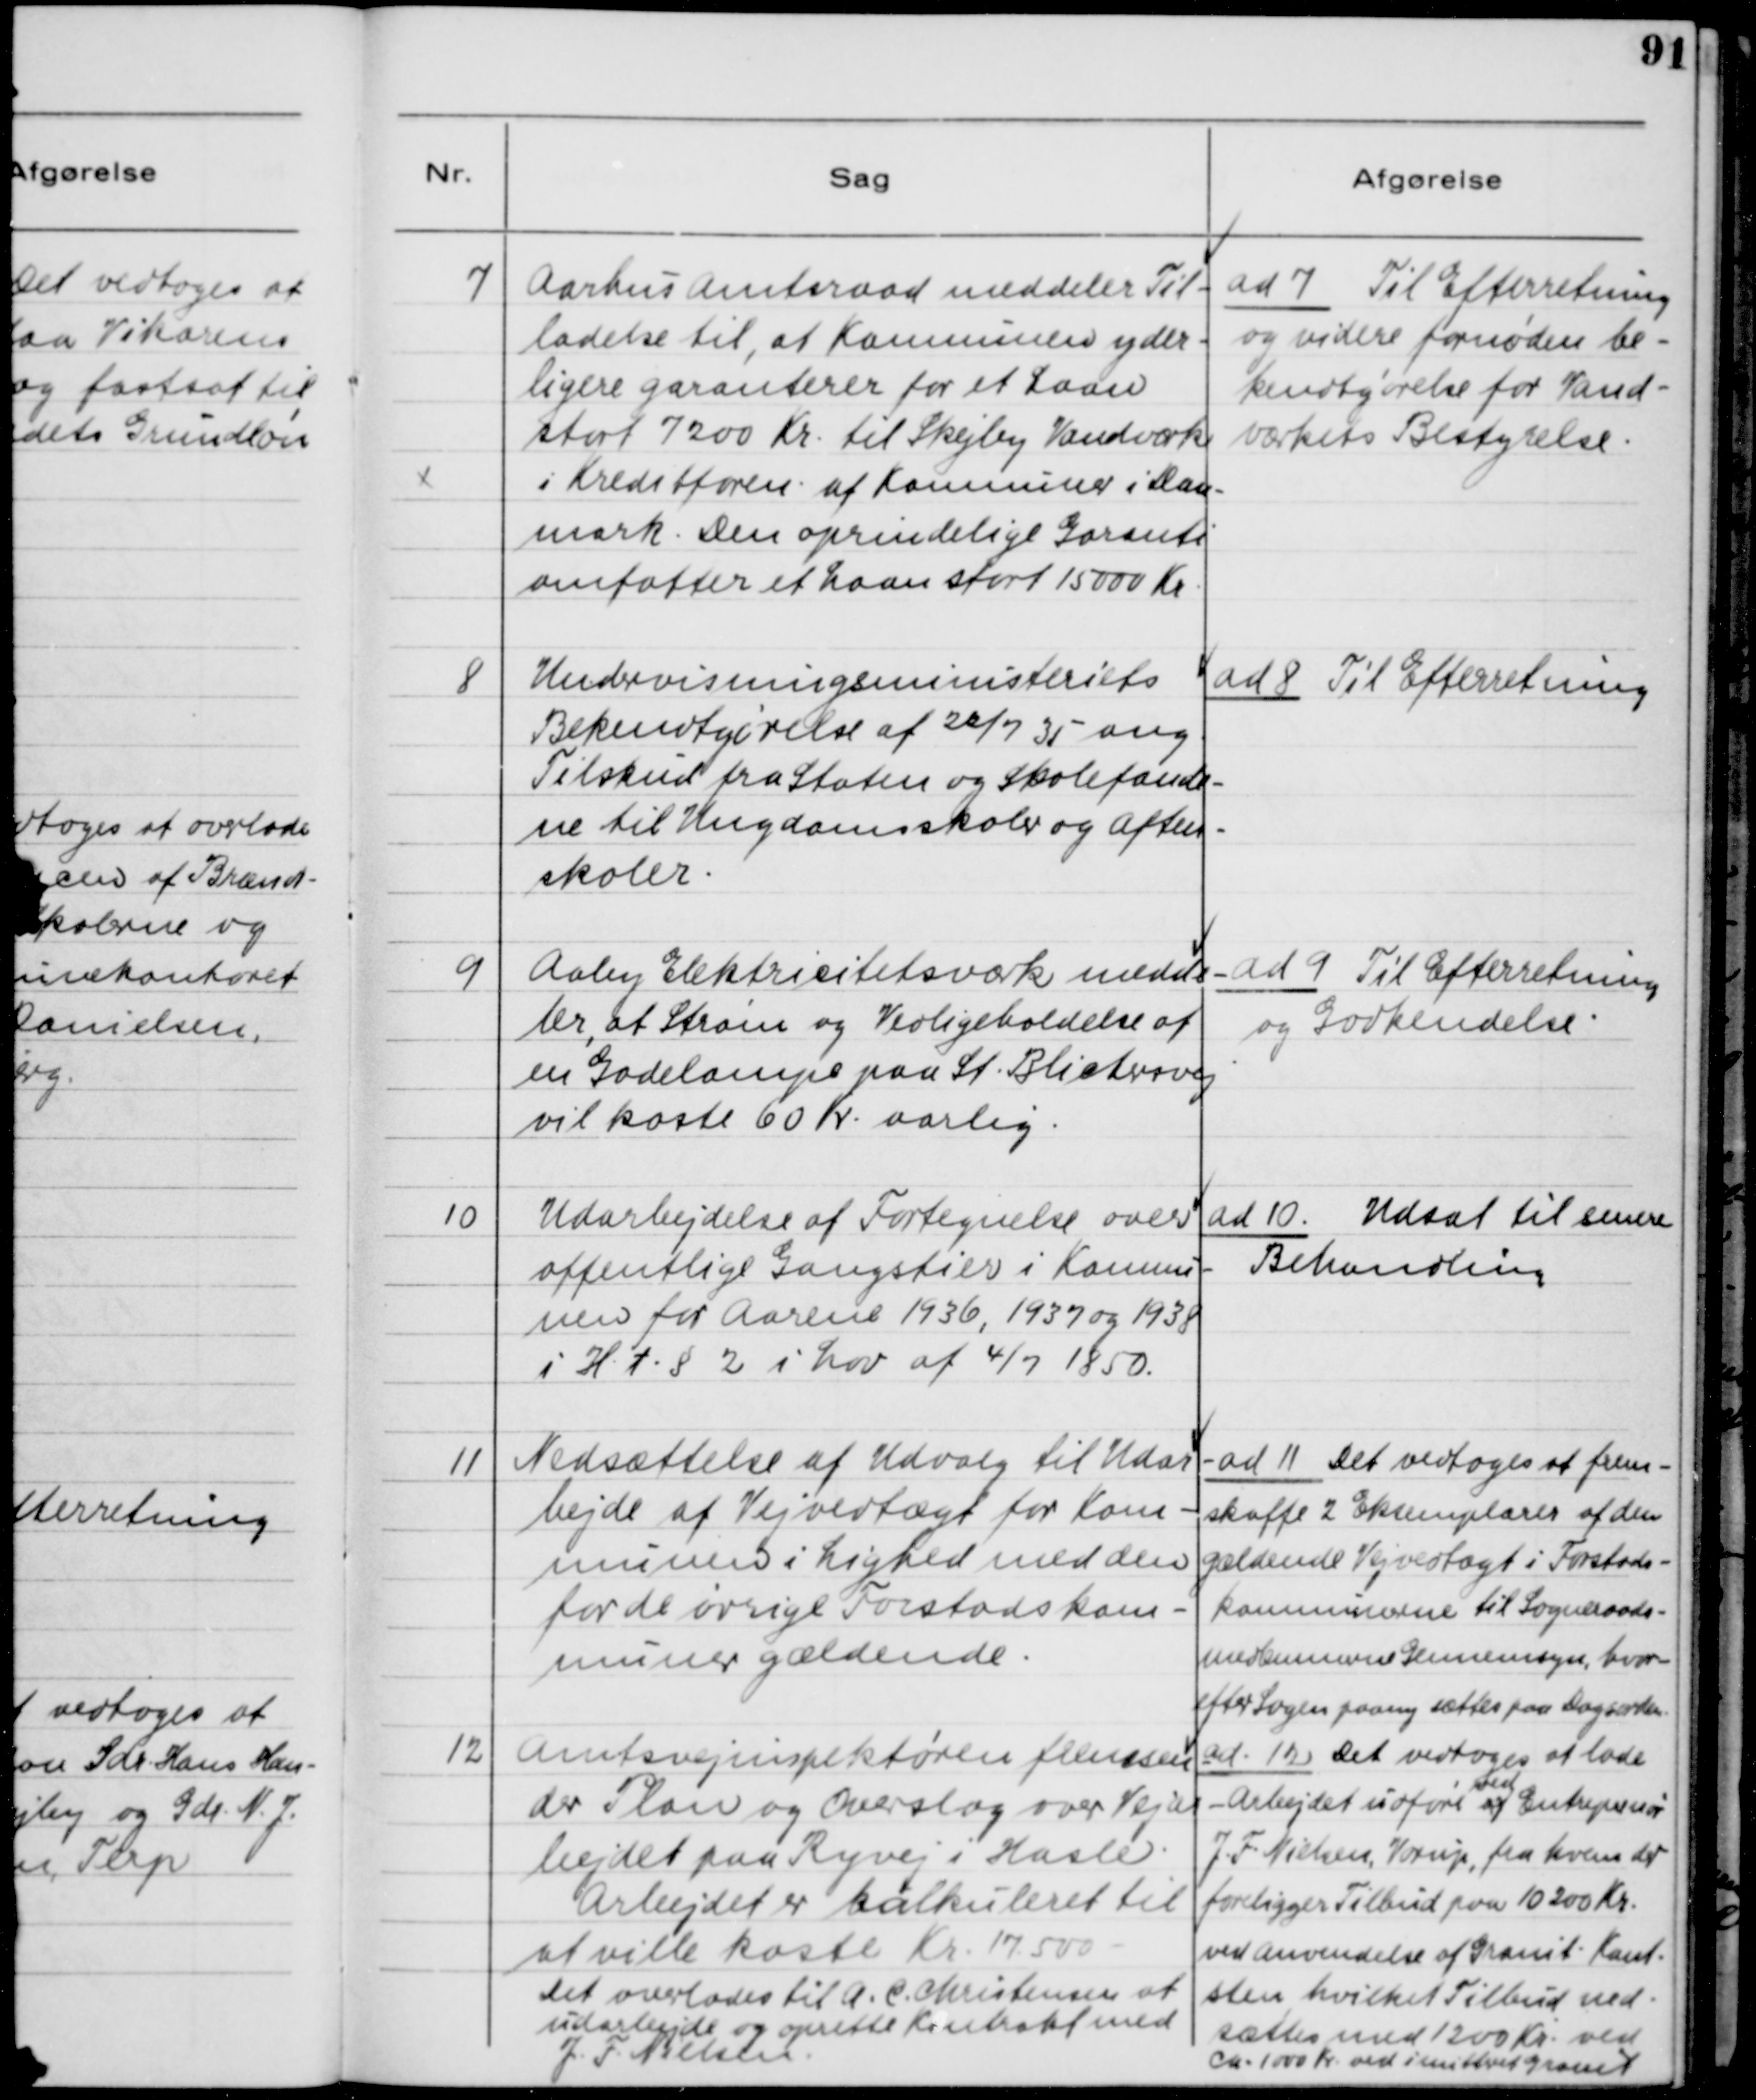
Transskription:
7

Aarhus Amtsraad meddeleler Til-
ladelse til, at Kommunen yder-
ligere garanterer for et Laan
stort 7200 Kr. til Skejby Vandværk
i Kreditforen. af Kommuner i Dan-
mark. Den oprindelige Garanti
omfatter et Laan stort 15000 Kr.

ad 7. Til Efterretning
og videre fornøden be-
kendtgørelse for Vand-
værkets Bestyrelse.

8

Undervisningsministeriets 
Bekendtgørelse af 22/7 35 ang.
Tilskud fra Staten og Skolefonde-
ne til Ungdomsskoler og Aften-
skoler.

ad 8. Til Efterretning

9

Aaby Elektricitetsværk medde-
ler, at Strøm og Vedligeholdelse af
en Gadelampe paa St. Blichersvej
vil koste 60 Kr. aarlig.

ad 9. Til Efterretning
og Godkendelse.

10

Udarbejdelse af Fortegnelse over
offentlige Gangstier i Kommu-
nen for Aarene 1936, 1937 og 1938
i H.t. §2 i Lov af 4/7 1850.

ad 10. Udsat til senere
Behandling

11

Nedsættelse af Udvalg til Udar
bejde af Vejvedtægt for Kom-
munen i Lighed med den 
for de øvrige Forstadskom-
munen gældende.

ad 11. Det vedtoges at frem-
skaffe 2 Eksemplarer af den
gældende Vejvedtægt i Forstads-
kommunerne til Sogneraads-
medlemmernes Gennemsyn, hvor-
efter Sagen paany sættes paa Dagsorden.

12

Amtsvejinspektøren fremsen-
der Plan og Overslag over Vejar-
bejdet paa Ryvej i Hasle.
Arbejdet er kalkuleret til 
at ville koste Kr. 17.500 - 
Det overlades til A. C. Christensen at
udarbejde og oprette Kontrakt med
J. F. Nielsen.

ad 12. Det vedtoges at lade 
ved
Arbejdet udføre af Entreprenør
J. F. Nielsen, Vorup, fra hvem der
foreligger Tilbud paa 10200 Kr. 
ved anvendelse af Granit - Kant-
sten, hvilket Tilbud ned-
sættes med 1200 Kr. ved
ca. 1000 Kr. ved investeret Granit.